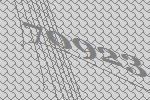
70923